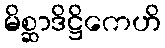
မိစ္ဆာဒိဋ္ဌိကေဟိ